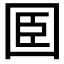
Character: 𡇖